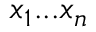
x _ { 1 } . . . x _ { n }